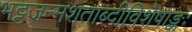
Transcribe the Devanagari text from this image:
भट्टजन्मशताब्दीविशेषाङ्कः